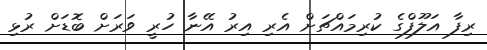
ރިފާ އަލޫފްގެ ކުރިމައްޗަށް އެރި އިރު އޭނާ ހުރީ ވަރަށް ބޮޑަށް ރުޅި